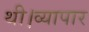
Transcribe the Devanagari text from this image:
थी।व्यापार